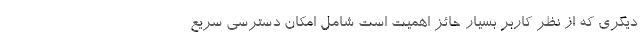
دیگری که از نظر کاربر بسیار حائز اهمیت است شامل امکان دسترسی سریع